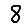
Digit: 8